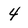
Character: 4